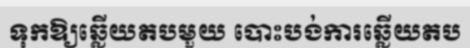
ទុកឱ្យឆ្លើយតបមួយ បោះបង់ការឆ្លើយតប